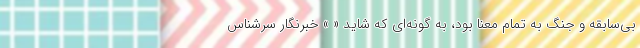
بی‌سابقه و جنگ به تمام معنا بود، به گونه‌ای که شاید « » خبرنگار سرشناس